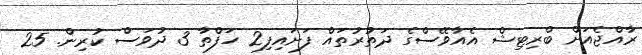
ރާއްޖެއަށް ބްރިޓިޝް އެއާވޭސްގެ ދަތުރުތައް ފަށައިފި2 ހަފްތާ 3 ދުވަސް ކުރިން. 25